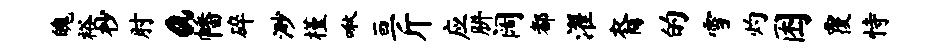
魄裕杪肘a幡碎渺槿啾亘斤应胼阔都濯裔的雪灼困覆恃